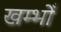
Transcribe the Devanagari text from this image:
खम्भोँ